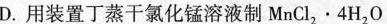
D.用装置丁蒸干氯化锰溶液制$$M n C l _ { 2 } \cdot 4 H _ { 2 } O$$